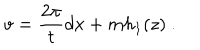
LaTeX: v = \frac { 2 \pi } { t } d x + m h _ { 1 } ( z ) \ .